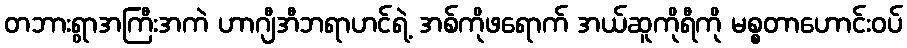
တဘားရွာအကြီးအကဲ ဟာဂျီအီဘရာဟင်ရဲ့ အစ်ကိုဖရောက် အယ်ဆူကိုရီကို မစ္စတာဟောင်းဝပ်